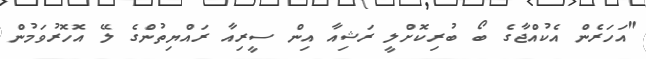
"އަހަރެން އެކުއްޖާގެ ބޯ ބުރިކޮށްލީ ރަޝިއާ އިން ސީރިއާ ރައްޔިތުންގެ ލޭ އޮހޮރުވަމުން